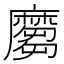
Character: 𪎪